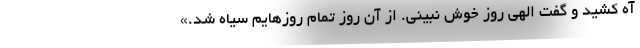
آه کشید و گفت الهی روز خوش نبینی. از آن روز تمام روزهایم سیاه شد.»